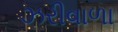
ઝરીવાળા